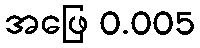
အဖြေ 0.005